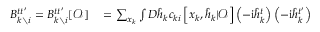
\begin{array} { r l } { B _ { k \setminus i } ^ { t t ^ { \prime } } = B _ { k \setminus i } ^ { t t ^ { \prime } } [ \boldsymbol { \mathcal { O } } ] } & { { } = \sum _ { \boldsymbol { x } _ { k } } \int D \hat { \boldsymbol { h } } _ { k } c _ { k i } \left[ \boldsymbol { x } _ { k } , \hat { \boldsymbol { h } } _ { k } | \boldsymbol { \mathcal { O } } \right] \left( - \mathrm { i } \hat { h } _ { k } ^ { t } \right) \left( - \mathrm { i } \hat { h } _ { k } ^ { t ^ { \prime } } \right) } \end{array}